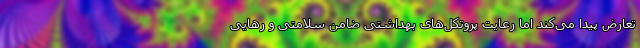
تعارض پیدا می‌کند اما رعایت پروتکل‌های بهداشتی ضامن سلامتی و رهایی